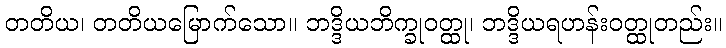
တတိယ၊ တတိယမြောက်သော။ ဘဒ္ဒိယဘိက္ခုဝတ္ထု၊ ဘဒ္ဒိယရဟန်းဝတ္ထုတည်း။